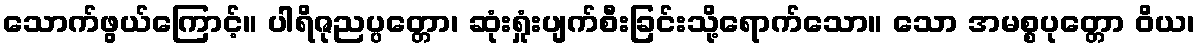
သောက်ဖွယ်ကြောင့်။ ပါရိဇုညပ္ပတ္တော၊ ဆုံးရှုံးပျက်စီးခြင်းသို့ရောက်သော။ သော အမစ္စပုတ္တော ဝိယ၊